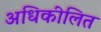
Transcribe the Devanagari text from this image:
अधिकीलित